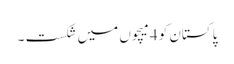
پاکستان کو 4میچوں میں شکست ۔